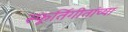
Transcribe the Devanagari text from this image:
स्फूर्तिगीतांच्या